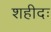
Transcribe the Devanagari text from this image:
शहीदः